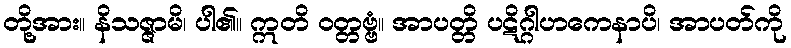
တို့အား။ နိသဇ္ဇာမိ၊ ပါ၏။ ဣတိ ဝတ္တဗ္ဗံ။ အာပတ္တိ ပဋိဂ္ဂါဟကေနာပိ၊ အာပတ်ကို